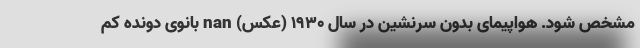
مشخص شود. هواپیمای بدون سرنشین در سال ۱۹۳۰ (عکس) nan بانوی دونده کم